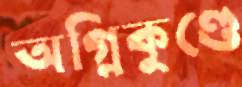
অগ্নিকুণ্ডে